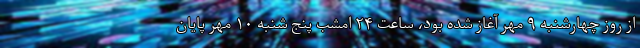
از روز چهارشنبه ۹ مهر آغاز شده بود، ساعت ۲۴ امشب پنج شنبه ۱۰ مهر پایان